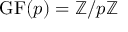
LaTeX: \operatorname { G F } ( p ) = \mathbb { Z } / p \mathbb { Z }